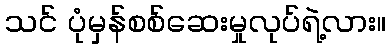
သင် ပုံမှန်စစ်ဆေးမှုလုပ်ရဲ့လား။